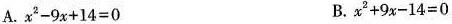
A. $$x ^ { 2 } - 9 x + 1 4 = 0$$ B. $$x ^ { 2 } + 9 x - 1 4 = 0$$